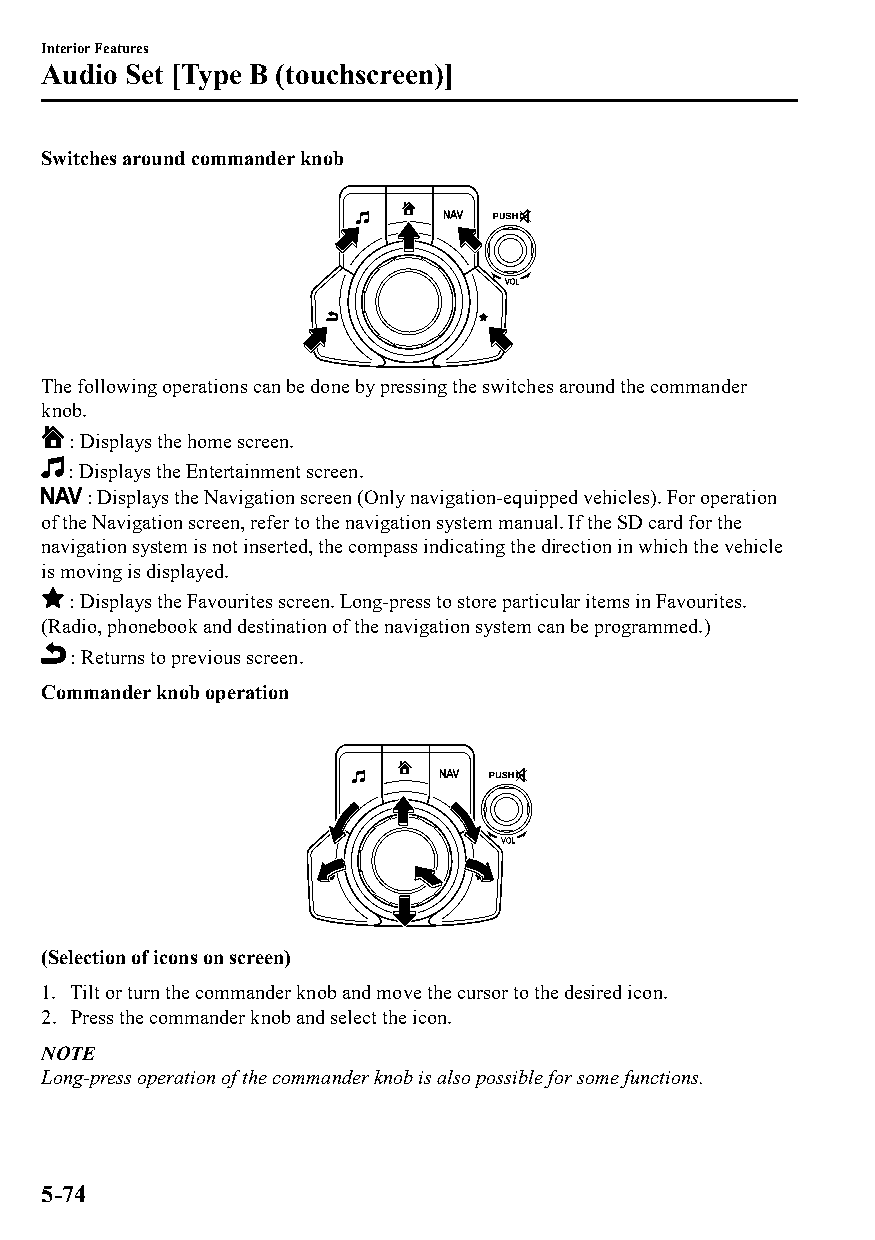
Interior Features
 Audio Set [Type B (touchscreen)]
 Switches around commander knob
 The following operations can be done by pressing the switches around the commander
 knob.
 : Displays the home screen.
 : Displays the Entertainment screen.
 : Displays the Navigation screen (Only navigation-equipped vehicles). For operation
 of the Navigation screen, refer to the navigation system manual. If the SD card for the
 navigation system is not inserted, the compass indicating the direction in which the vehicle
 is moving is displayed.
 : Displays the Favourites screen. Long-press to store particular items in Favourites.
 (Radio, phonebook and destination of the navigation system can be programmed.)
 : Returns to previous screen.
 Commander knob operation
 (Selection of icons on screen)
 1. Tilt or turn the commander knob and move the cursor to the desired icon.
 2. Press the commander knob and select the icon.
 NOTE
 Long-press operation of the commander knob is also possible for some functions.
 5-74
 CX-3_8GT4-EE-18D_Edition4                  2018-9-6 18:32:19